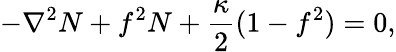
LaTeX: -\nabla^{2}N+f^{2}N+\frac{\kappa}{2}(1-f^{2})=0,